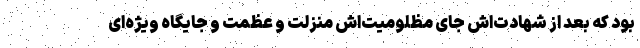
بود که بعد از شهادت‌اش جای مظلومیت‌اش منزلت و عظمت و جایگاه ویژه‌ای